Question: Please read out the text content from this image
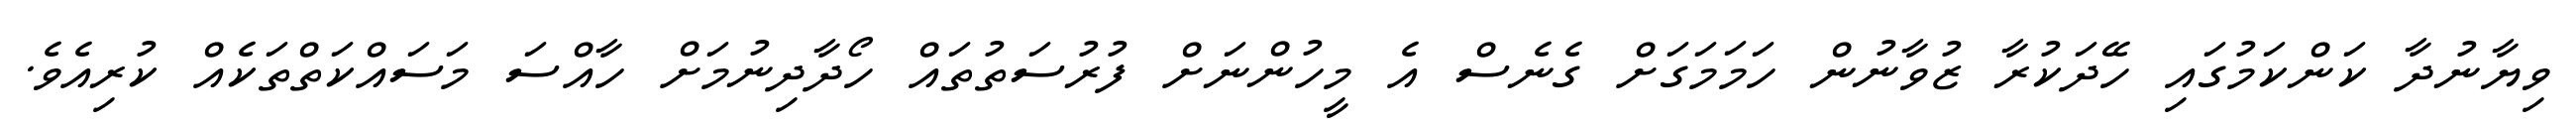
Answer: ވިޔާނުދާ ކަންކަމުގައި ހޭދަކުރާ ޒުވާނުން ހަމަމަގަށް ގެނެސް އެ މީހުންނަށް ފުރުސަތުތައް ހޯދާދިނުމަށް ހާއްސަ މަސައްކަތްތަކެއް ކުރިއެވެ.